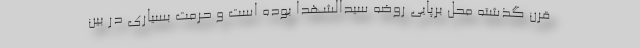
قرن گذشته محل برپایی روضه سیدالشهدا بوده است و حرمت بسیاری در بین